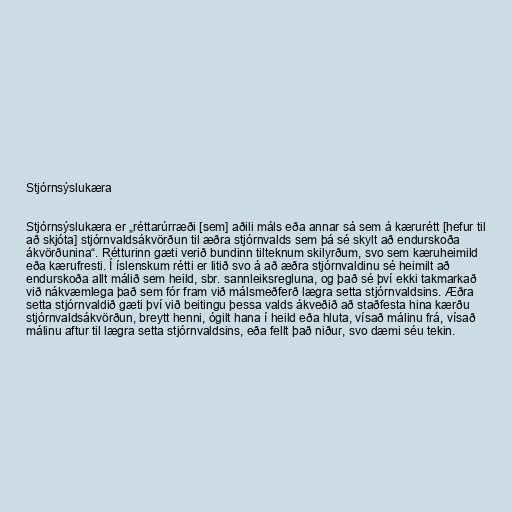
Stjórnsýslukæra

Stjórnsýslukæra er „réttarúrræði [sem] aðili máls eða annar sá sem á kærurétt [hefur til
að skjóta] stjórnvaldsákvörðun til æðra stjórnvalds sem þá sé skylt að endurskoða
ákvörðunina“. Rétturinn gæti verið bundinn tilteknum skilyrðum, svo sem kæruheimild
eða kærufresti. Í íslenskum rétti er litið svo á að æðra stjórnvaldinu sé heimilt að
endurskoða allt málið sem heild, sbr. sannleiksregluna, og það sé því ekki takmarkað
við nákvæmlega það sem fór fram við málsmeðferð lægra setta stjórnvaldsins. Æðra
setta stjórnvaldið gæti því við beitingu þessa valds ákveðið að staðfesta hina kærðu
stjórnvaldsákvörðun, breytt henni, ógilt hana í heild eða hluta, vísað málinu frá, vísað
málinu aftur til lægra setta stjórnvaldsins, eða fellt það niður, svo dæmi séu tekin.